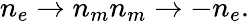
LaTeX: n_{e}\rightarrow n_{m}n_{m}\rightarrow-n_{e}.